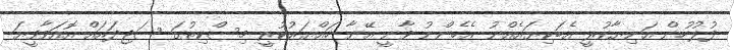
ފުލުހުން އަނިޔާކުރީ އެބަކިޔައެއްނު އެހެންނު ވާނީ އޭނާ ހައްޔަރުކުރީ މިސްކިތުގަ ސަޖިދައައް އޮއަވާވީޔަ